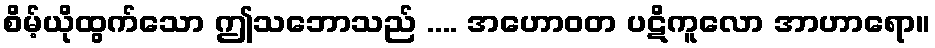
စိမ့်ယိုထွက်သော ဤသဘောသည် .... အဟောဝတ ပဋိကူလော အာဟာရော။